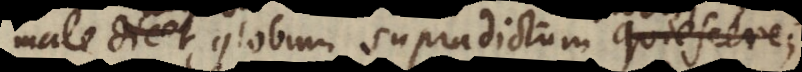
male dicet globum supradictum quiescere;